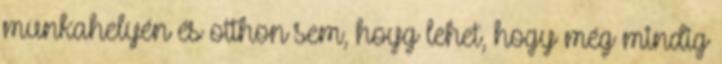
munkahelyén és otthon sem, hoyg lehet, hogy még mindig